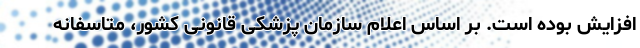
افزایش بوده است. بر اساس اعلام سازمان پزشکی قانونی کشور، متاسفانه